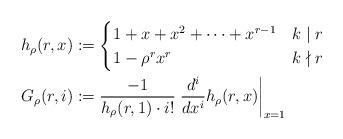
LaTeX: \begin{align*} h_\rho(r,x) & :=\begin{cases} 1+x+x^2+\cdots +x^{r-1} & k \mid r\\ 1-\rho^r x^r & k \nmid r \end{cases}\\ G_\rho(r,i) & := \frac{-1}{h_\rho(r,1) \cdot i!} \left. \frac{d^i}{dx^i} h_\rho(r,x) \right|_{x=1} \end{align*}